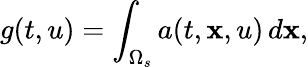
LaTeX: g(t,u)=\int_{\Omega_{s}}a(t,\mathbf{x},u)\, d\mathbf{x},